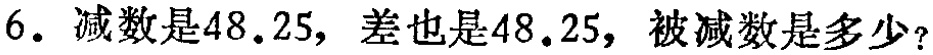
6. 减数是48.25，差也是48.25，被减数是多少？